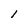
Character: 1